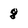
Character: 8